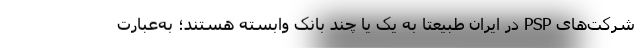
شرکت‌های PSP در ایران طبیعتا به یک یا چند بانک وابسته هستند؛ به‌عبارت